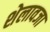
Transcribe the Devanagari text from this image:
शेलावजा